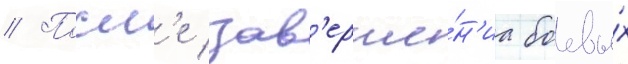
// Посл'е зав'ерше́н'иа боевы́х